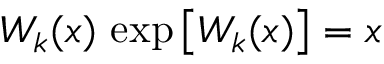
W _ { k } ( x ) \, \exp \left[ W _ { k } ( x ) \right] = x